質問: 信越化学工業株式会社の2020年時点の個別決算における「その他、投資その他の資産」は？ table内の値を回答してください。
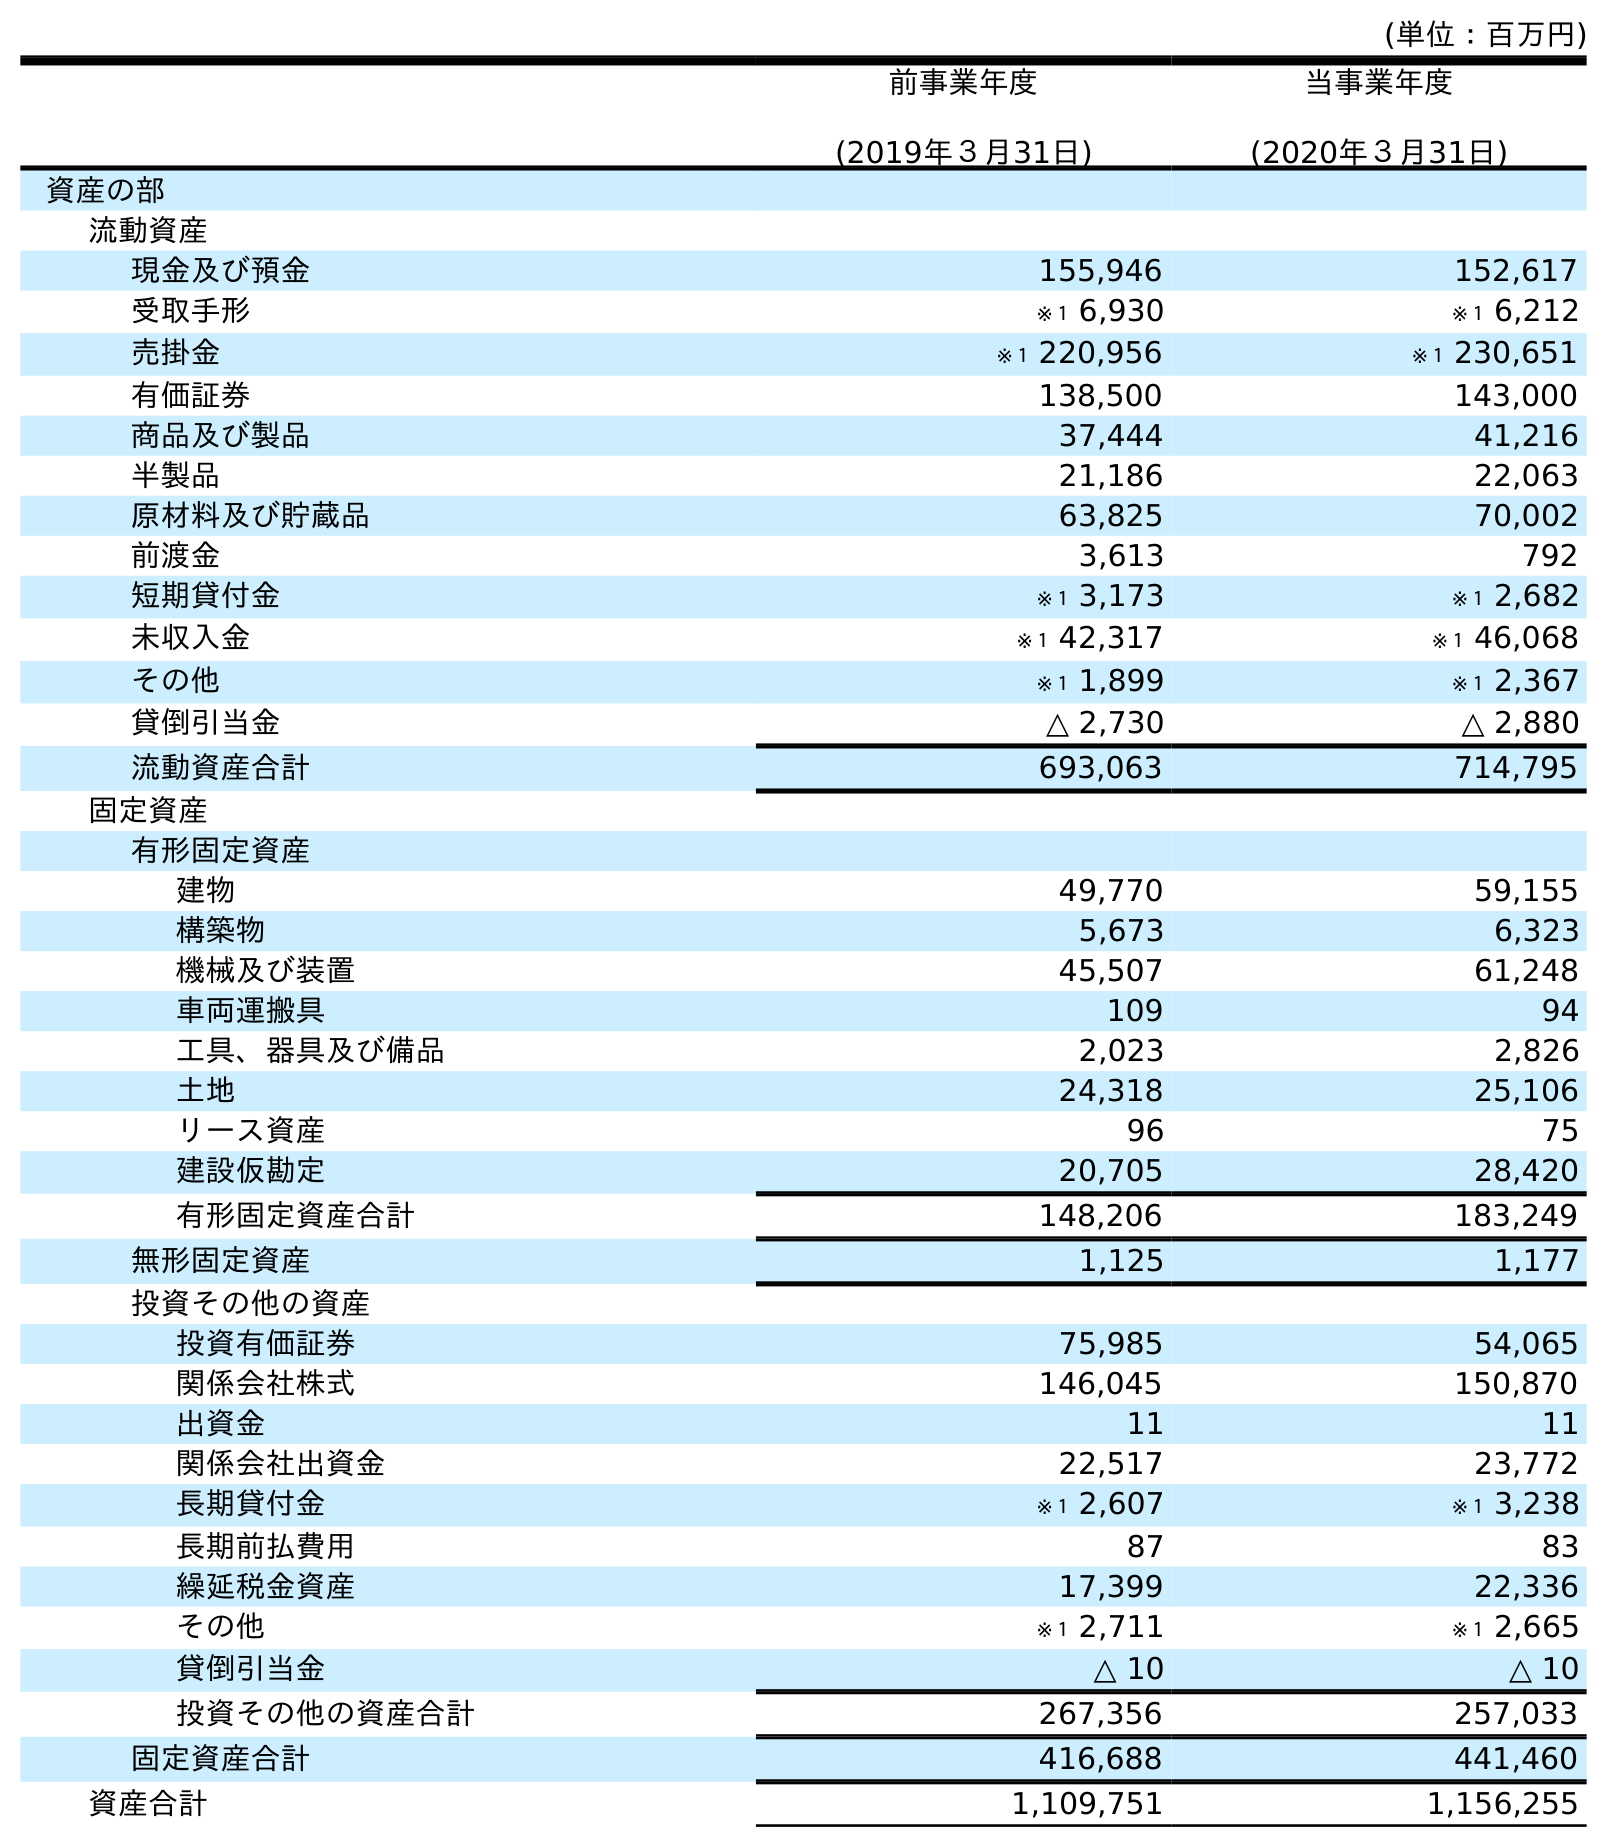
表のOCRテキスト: (単位：百万円) 前事業年度 (2019年３月31日) 当事業年度 (2020年３月31日) 資産の部 流動資産 現金及び預金 155,946 152,617 受取手形 ※１ 6,930 ※１ 6,212 売掛金 ※１ 220,956 ※１ 230,651 有価証券 138,500 143,000 商品及び製品 37,444 41,216 半製品 21,186 22,063 原材料及び貯蔵品 63,825 70,002 前渡金 3,613 792 短期貸付金 ※１ 3,173 ※１ 2,682 未収入金 ※１ 42,317 ※１ 46,068 その他 ※１ 1,899 ※１ 2,367 貸倒引当金 △ 2,730 △ 2,880 流動資産合計 693,063 714,795 固定資産 有形固定資産 建物 49,770 59,155 構築物 5,673 6,323 機械及び装置 45,507 61,248 車両運搬具 109 94 工具、器具及び備品 2,023 2,826 土地 24,318 25,106 リース資産 96 75 建設仮勘定 20,705 28,420 有形固定資産合計 148,206 183,249 無形固定資産 1,125 1,177 投資その他の資産 投資有価証券 75,985 54,065 関係会社株式 146,045 150,870 出資金 11 11 関係会社出資金 22,517 23,772 長期貸付金 ※１ 2,607 ※１ 3,238 長期前払費用 87 83 繰延税金資産 17,399 22,336 その他 ※１ 2,711 ※１ 2,665 貸倒引当金 △ 10 △ 10 投資その他の資産合計 267,356 257,033 固定資産合計 416,688 441,460 資産合計 1,109,751 1,156,255
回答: ※１2,665